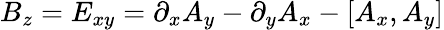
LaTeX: B_{z}=E_{xy}=\partial_{x}A_{y}-\partial_{y}A_{x}-[A_{x},A_{y}]